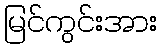
မြင်ကွင်းအား